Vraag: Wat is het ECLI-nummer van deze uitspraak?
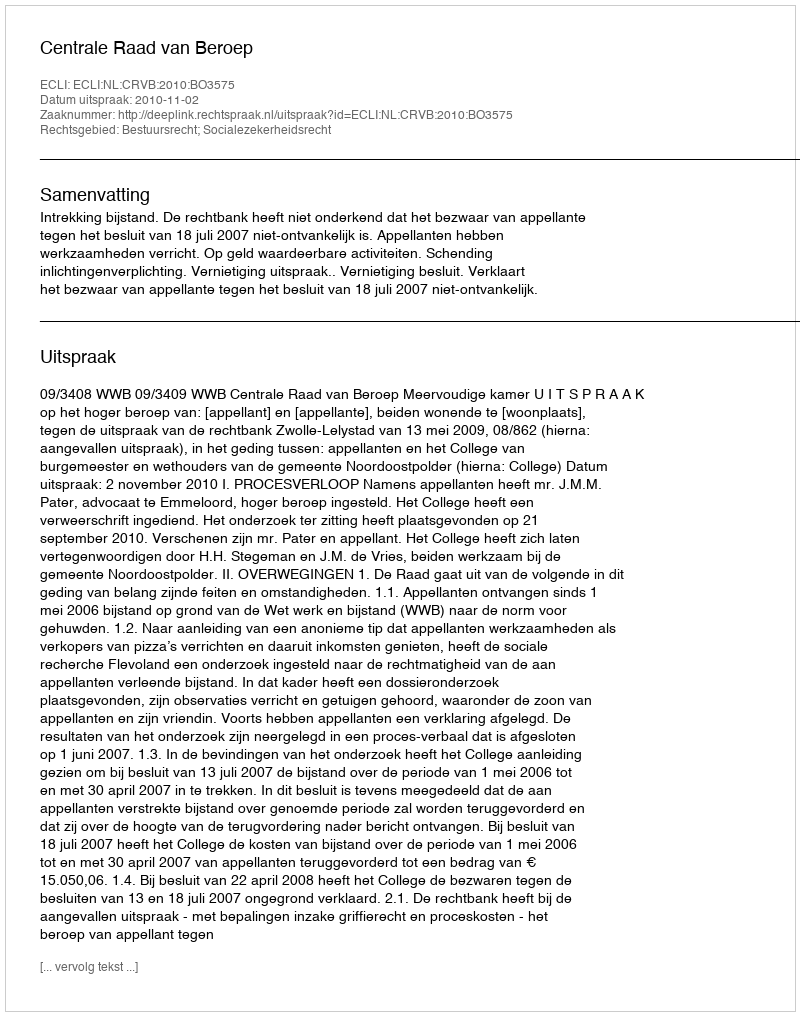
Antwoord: ECLI:NL:CRVB:2010:BO3575